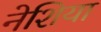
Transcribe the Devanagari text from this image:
नेशिया